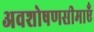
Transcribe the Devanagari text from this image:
अवशोषणसीमाएँ